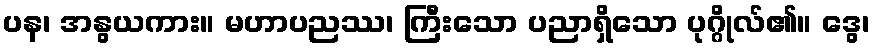
ပန၊ အနွယကား။ မဟာပညဿ၊ ကြီးသော ပညာရှိသော ပုဂ္ဂိုလ်၏။ ဒွေ၊